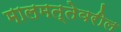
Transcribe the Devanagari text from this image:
मालमत्तेवरील